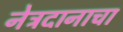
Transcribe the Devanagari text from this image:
नेत्रदानाचा